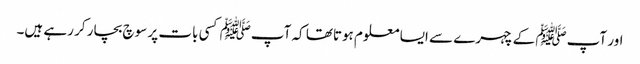
اور آپﷺ کے چہرے سے ایسا معلوم ہوتاتھا کہ آپﷺ کسی بات پر سوچ بچار کر رہے ہیں۔